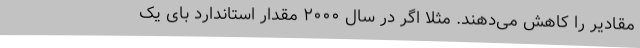
مقادیر را کاهش می‌دهند. مثلا اگر در سال ۲۰۰۰ مقدار استاندارد بای یک